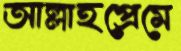
আল্লাহপ্রেমে